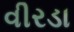
વીરડા